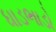
ધાડભાડો